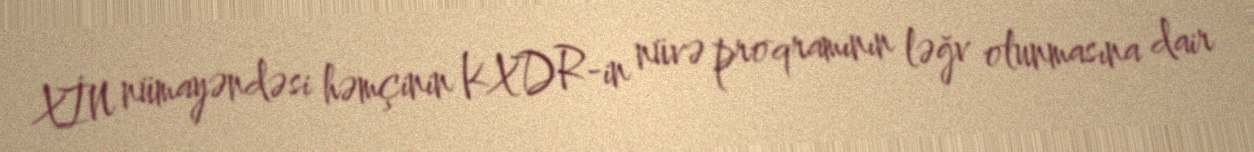
XİN nümayəndəsi həmçinin KXDR-in nüvə proqramının ləğv olunmasına dair